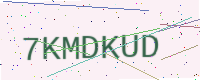
Text: 7KMDKUD